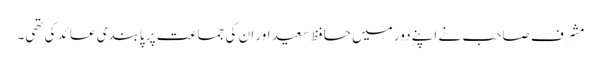
مشرف صاحب نے اپنے دور میں حافظ سعید اور ان کی جماعت پر پابندی عائد کی تھی۔